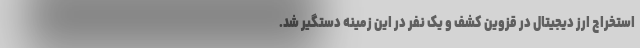
استخراج ارز دیجیتال در قزوین کشف و یک نفر در این زمینه دستگیر شد.